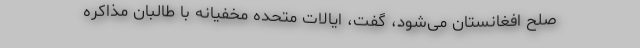
صلح افغانستان می‌شود، گفت، ایالات متحده مخفیانه با طالبان مذاکره